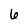
Character: 6